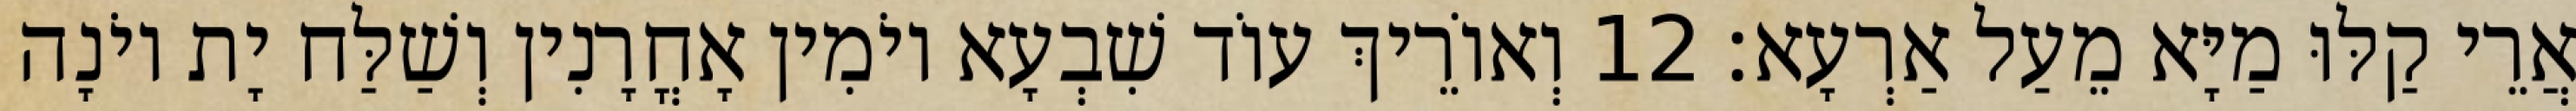
אֲרֵי קַלּוּ מַיָּא מֵעַל אַרְעָא׃ 12 וְאוֹרֵיךְ עוֹד שִׁבְעָא יוֹמִין אָחֳרָנִין וְשַׁלַּח יָת יוֹנָה